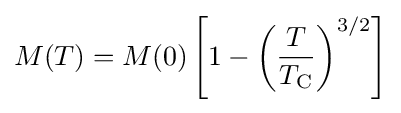
M(T)=M(0)\left[1-\left({\frac {T}{T_{\mathrm {C} }}}\right)^{3/2}\right]